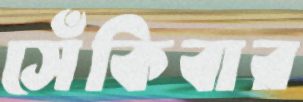
সেঁকিবার